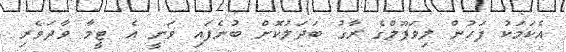
އެކަމަކު ފަހުން ލިވަޕޫލްގެ ރާގު ބަދަލުކޮށް ބުނެފައި ވަނީ އެ ޓީމާ ވާދަވެރި